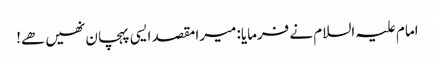
امام علیہ السلام نے فرمایا: میرا مقصد ایسی پہچان نھیں ھے!